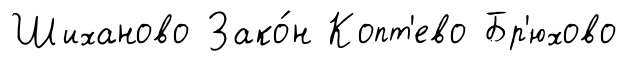
Шиханово Зако́н Копт'ево Бр'юхово